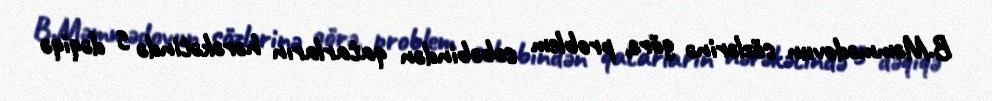
B.Məmmədovun sözlərinə görə, problem səbəbindən qatarların hərəkətində 5 dəqiqə